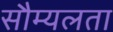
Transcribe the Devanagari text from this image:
सौम्‍यलता